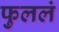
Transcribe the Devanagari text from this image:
फुललं